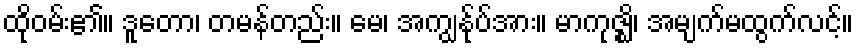
ထိုဝမ်း၏။ ဒူတော၊ တမန်တည်း။ မေ၊ အကျွန်ုပ်အား။ မာကုဇ္ဈိ၊ အမျက်မထွက်လင့်။